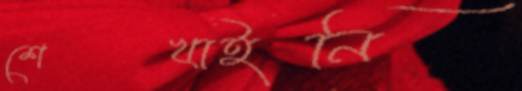
শেখাইনি